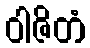
ဝါဇိတံ